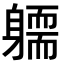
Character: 𨉿